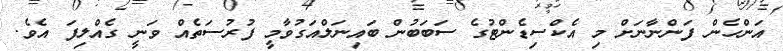
އަންހެން ފަންނާނަށް މި އެކްސިޑެންޓުގެ ސަބަބުން ބައިނަލްއަގުވާމީ ފުރުސަތެއް ވަނީ ގެއްލިފަ އެވެ.